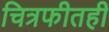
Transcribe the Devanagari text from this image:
चित्रफीतही